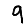
Digit: 9